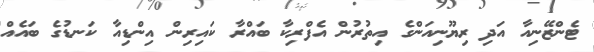
ޓެންޒޭނިއާ އަދި ރިޔޫނިއަންގެ އިތުރުން އެފްރިކާ ބައްރާ ކައިރިން އިންޑިއާ ކަނޑުގެ ބައެއް